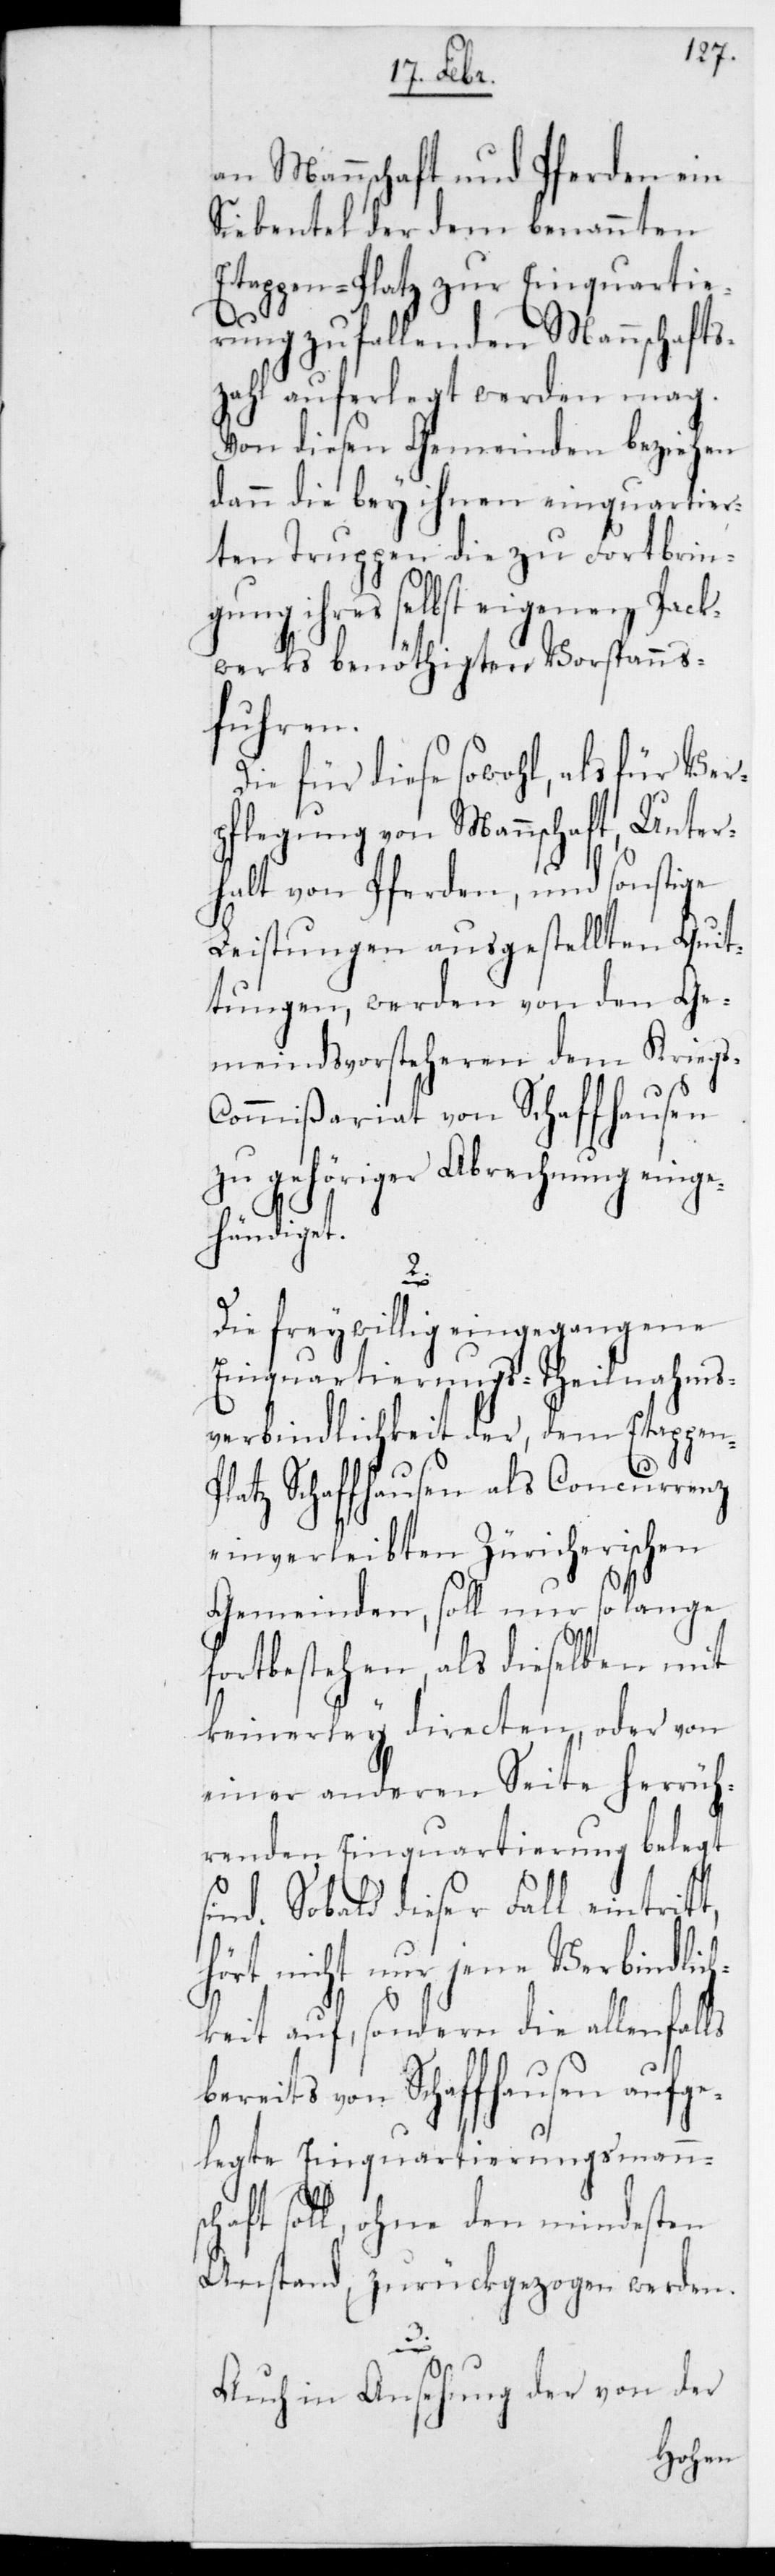
an Mannschaft und Pferden, ein
Siebentel der dem benannten
Etappen-Platz zur Einquartie¬
rung zufallenden Mannschafts¬
zahl auferlegt werden mag.
Von diesen Gemeinden beziehen
dann die bey ihnen einquartier¬
ten Truppen die zu Fortbrin¬
gung ihres selbst eigenen Pack¬
werks benöthigten Vorspanns¬
fuhren.
Die für diese sowohl als für Ver¬
pflegung von Mannschaft, Unter¬
halt von Pferden und sonstige
Leistungen ausgestellten Quit¬
tungen, werden von den Ge¬
meindvorsteheren dem Kriegs¬
commißariat von Schaffhausen
zu gehöriger Abrechnung eing¬
ehändiget.
t,
Die freywillig eingegangene
Einquartierungs-Theilnahms¬
verbindlichkeit der, dem Etappe¬
latz Schaffhausen als Concurrenz
einverleibten Züricherischen
Gemeinden, soll nur so lange
fortbestehen, als dieselben mit
keinerlei directen oder von
einer anderen Seite herrüh¬
renden Einquartierung belegt
sind. Sobald dieser Fall eintrit¬
hört nicht nur jene Verbindlic¬
hkeit auf, sondern die allenfalls
bereits von Schaffhausen aufge¬
legte Einquartierungsmannsc¬
haft soll, ohne den mindesten
Anstand zurückgezogen werden.
3.
Auch in Ansehung der von der